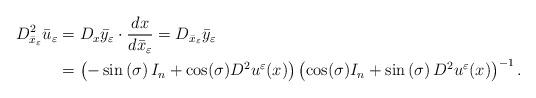
LaTeX: \begin{align*}D_{\bar{x}_{\varepsilon}}^{2}\bar{u}_{\varepsilon} & =D_{x}\bar{y}_{\varepsilon}\cdot\frac{dx}{d\bar{x}_{\varepsilon}}=D_{\bar{x}_{\varepsilon}}\bar{y}_{\varepsilon}\\& =\left( -\sin\left( \sigma\right) I_{n}+\cos(\sigma)D^{2}u^{\varepsilon}(x)\right) \left( \cos(\sigma)I_{n}+\sin\left( \sigma\right)D^{2}u^{\varepsilon}(x)\right) ^{-1}.\end{align*}